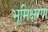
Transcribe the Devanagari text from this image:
भूमिक्षरण